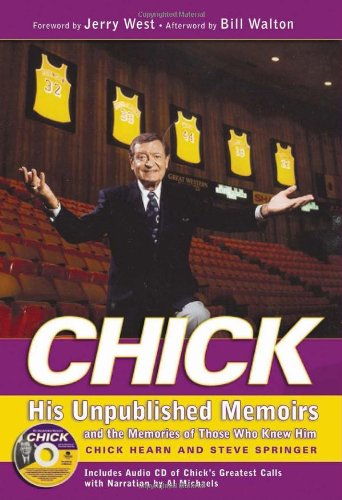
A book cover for Chick: His Unpublished Memoirs and the Memories of Those Who Knew Him; Steve Springer; Biographies & Memoirs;